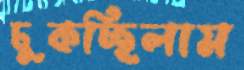
ঢুকচ্ছিলাম